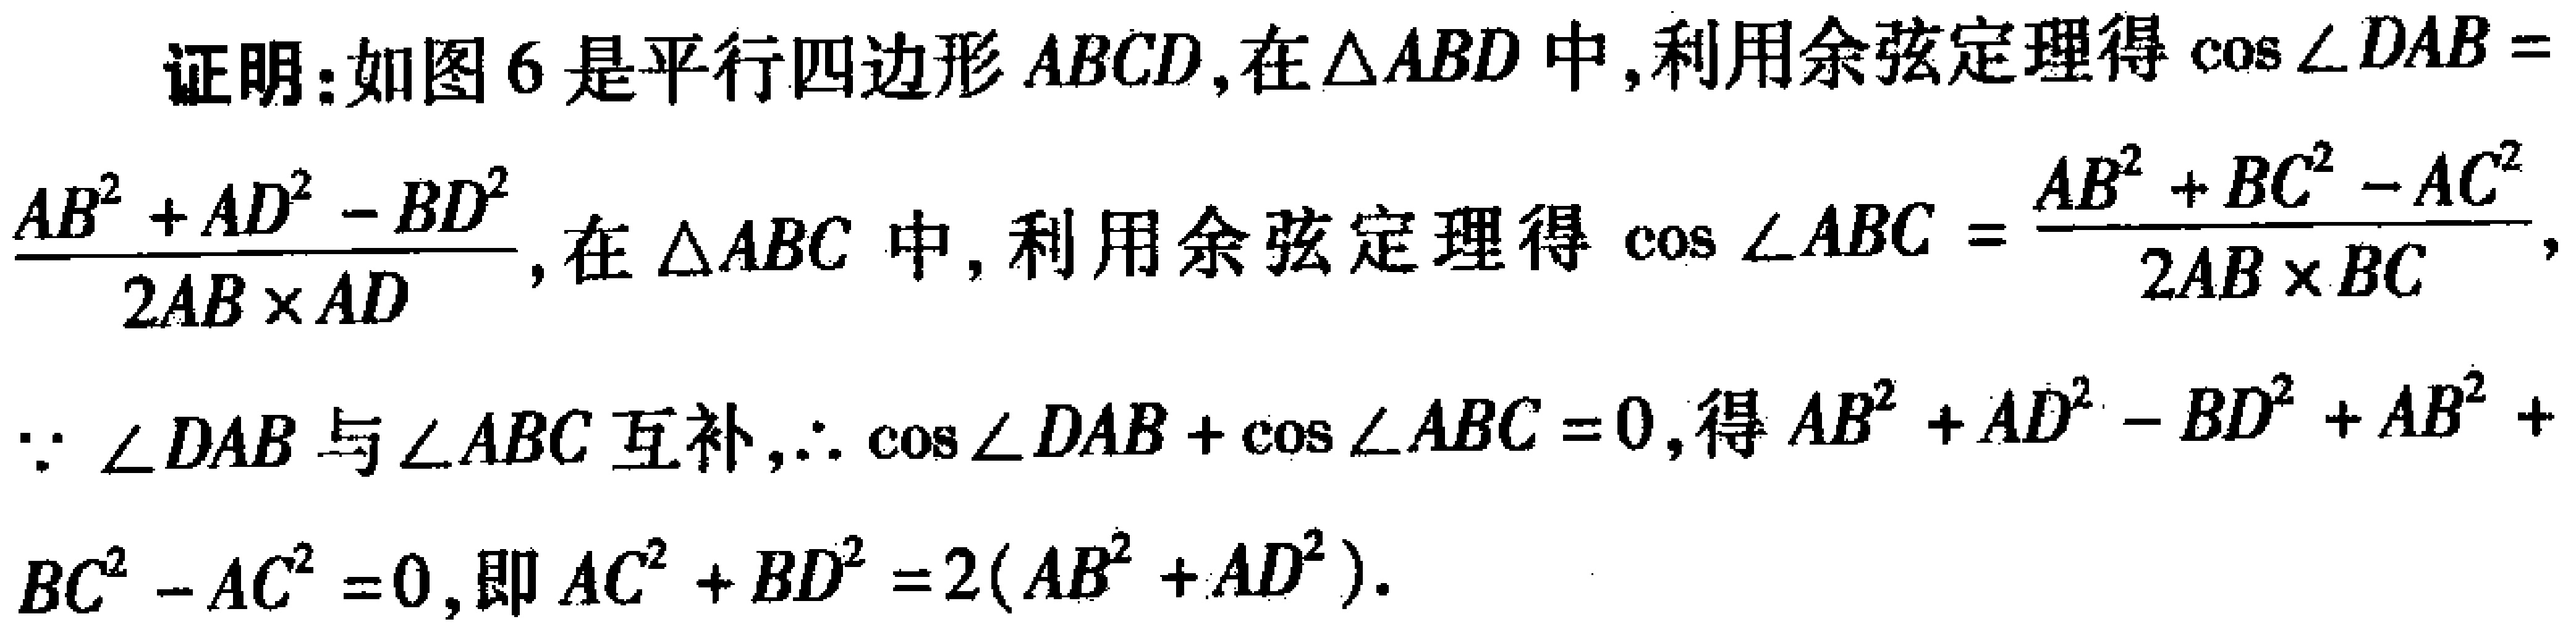
证明：如图6是平行四边形\(ABCD\)，在\(\triangle ABD\)中，利用余弦定理得\(\cos\angle DAB = \frac{AB^{2}+AD^{2}-BD^{2}}{2AB\times AD}\)，在\(\triangle ABC\)中，利用余弦定理得\(\cos\angle ABC = \frac{AB^{2}+BC^{2}-AC^{2}}{2AB\times BC}\)，
\(\because \angle DAB\)与\(\angle ABC\)互补，\(\therefore \cos\angle DAB+\cos\angle ABC = 0\)，得\(AB^{2}+AD^{2}-BD^{2}+AB^{2}+BC^{2}-AC^{2}=0\)，即\(AC^{2}+BD^{2}=2(AB^{2}+AD^{2})\)。